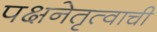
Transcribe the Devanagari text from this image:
पक्षनेतृत्वाची